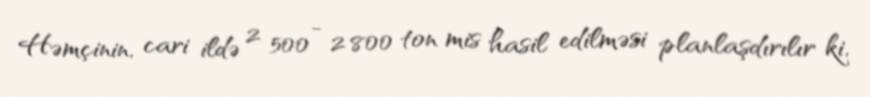
Həmçinin, cari ildə 2 500 - 2 800 ton mis hasil edilməsi planlaşdırılır ki,